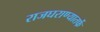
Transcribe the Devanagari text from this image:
राजघराण्यातर्फे